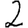
Digit: 2